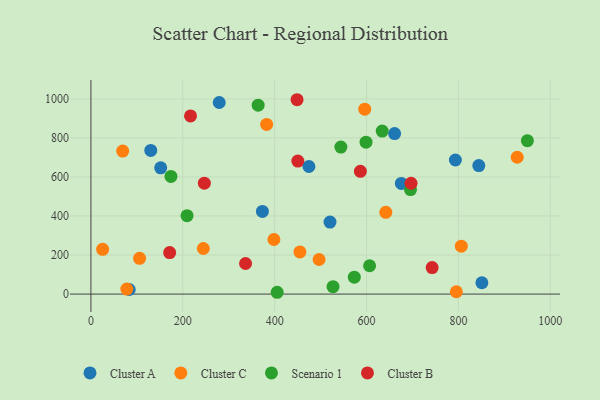
{"axis": {"x": "Price", "y": "Sales"}, "legend": ["Cluster A", "Cluster B", "Cluster C", "Scenario 1"], "data": [{"x": "373.3", "y": 423.2, "type": "Cluster A"}, {"x": "793.3", "y": 686.8, "type": "Cluster A"}, {"x": "520.4", "y": 368.8, "type": "Cluster A"}, {"x": "151.9", "y": 646.7, "type": "Cluster A"}, {"x": "83.4", "y": 23.4, "type": "Cluster A"}, {"x": "474.5", "y": 653.4, "type": "Cluster A"}, {"x": "844.3", "y": 658.2, "type": "Cluster A"}, {"x": "130.3", "y": 736.0, "type": "Cluster A"}, {"x": "279.3", "y": 981.3, "type": "Cluster A"}, {"x": "851.0", "y": 58.0, "type": "Cluster A"}, {"x": "661.0", "y": 821.9, "type": "Cluster A"}, {"x": "675.7", "y": 566.8, "type": "Cluster A"}, {"x": "641.9", "y": 418.7, "type": "Cluster C"}, {"x": "927.9", "y": 700.7, "type": "Cluster C"}, {"x": "78.2", "y": 25.7, "type": "Cluster C"}, {"x": "795.4", "y": 11.9, "type": "Cluster C"}, {"x": "69.2", "y": 732.6, "type": "Cluster C"}, {"x": "398.3", "y": 279.7, "type": "Cluster C"}, {"x": "382.5", "y": 869.0, "type": "Cluster C"}, {"x": "105.9", "y": 183.3, "type": "Cluster C"}, {"x": "806.2", "y": 245.6, "type": "Cluster C"}, {"x": "496.6", "y": 177.1, "type": "Cluster C"}, {"x": "244.7", "y": 233.4, "type": "Cluster C"}, {"x": "596.0", "y": 946.8, "type": "Cluster C"}, {"x": "25.5", "y": 229.1, "type": "Cluster C"}, {"x": "454.9", "y": 215.7, "type": "Cluster C"}, {"x": "174.2", "y": 602.8, "type": "Scenario 1"}, {"x": "573.3", "y": 86.7, "type": "Scenario 1"}, {"x": "695.6", "y": 535.1, "type": "Scenario 1"}, {"x": "950.0", "y": 785.9, "type": "Scenario 1"}, {"x": "209.2", "y": 401.5, "type": "Scenario 1"}, {"x": "364.0", "y": 967.5, "type": "Scenario 1"}, {"x": "606.6", "y": 145.2, "type": "Scenario 1"}, {"x": "405.4", "y": 9.3, "type": "Scenario 1"}, {"x": "544.1", "y": 753.0, "type": "Scenario 1"}, {"x": "598.8", "y": 777.9, "type": "Scenario 1"}, {"x": "634.0", "y": 834.9, "type": "Scenario 1"}, {"x": "527.0", "y": 38.0, "type": "Scenario 1"}, {"x": "586.5", "y": 628.5, "type": "Cluster B"}, {"x": "216.8", "y": 912.6, "type": "Cluster B"}, {"x": "246.9", "y": 568.0, "type": "Cluster B"}, {"x": "696.8", "y": 567.7, "type": "Cluster B"}, {"x": "450.4", "y": 681.4, "type": "Cluster B"}, {"x": "742.7", "y": 135.9, "type": "Cluster B"}, {"x": "171.4", "y": 212.8, "type": "Cluster B"}, {"x": "336.6", "y": 156.7, "type": "Cluster B"}, {"x": "448.7", "y": 995.4, "type": "Cluster B"}]}